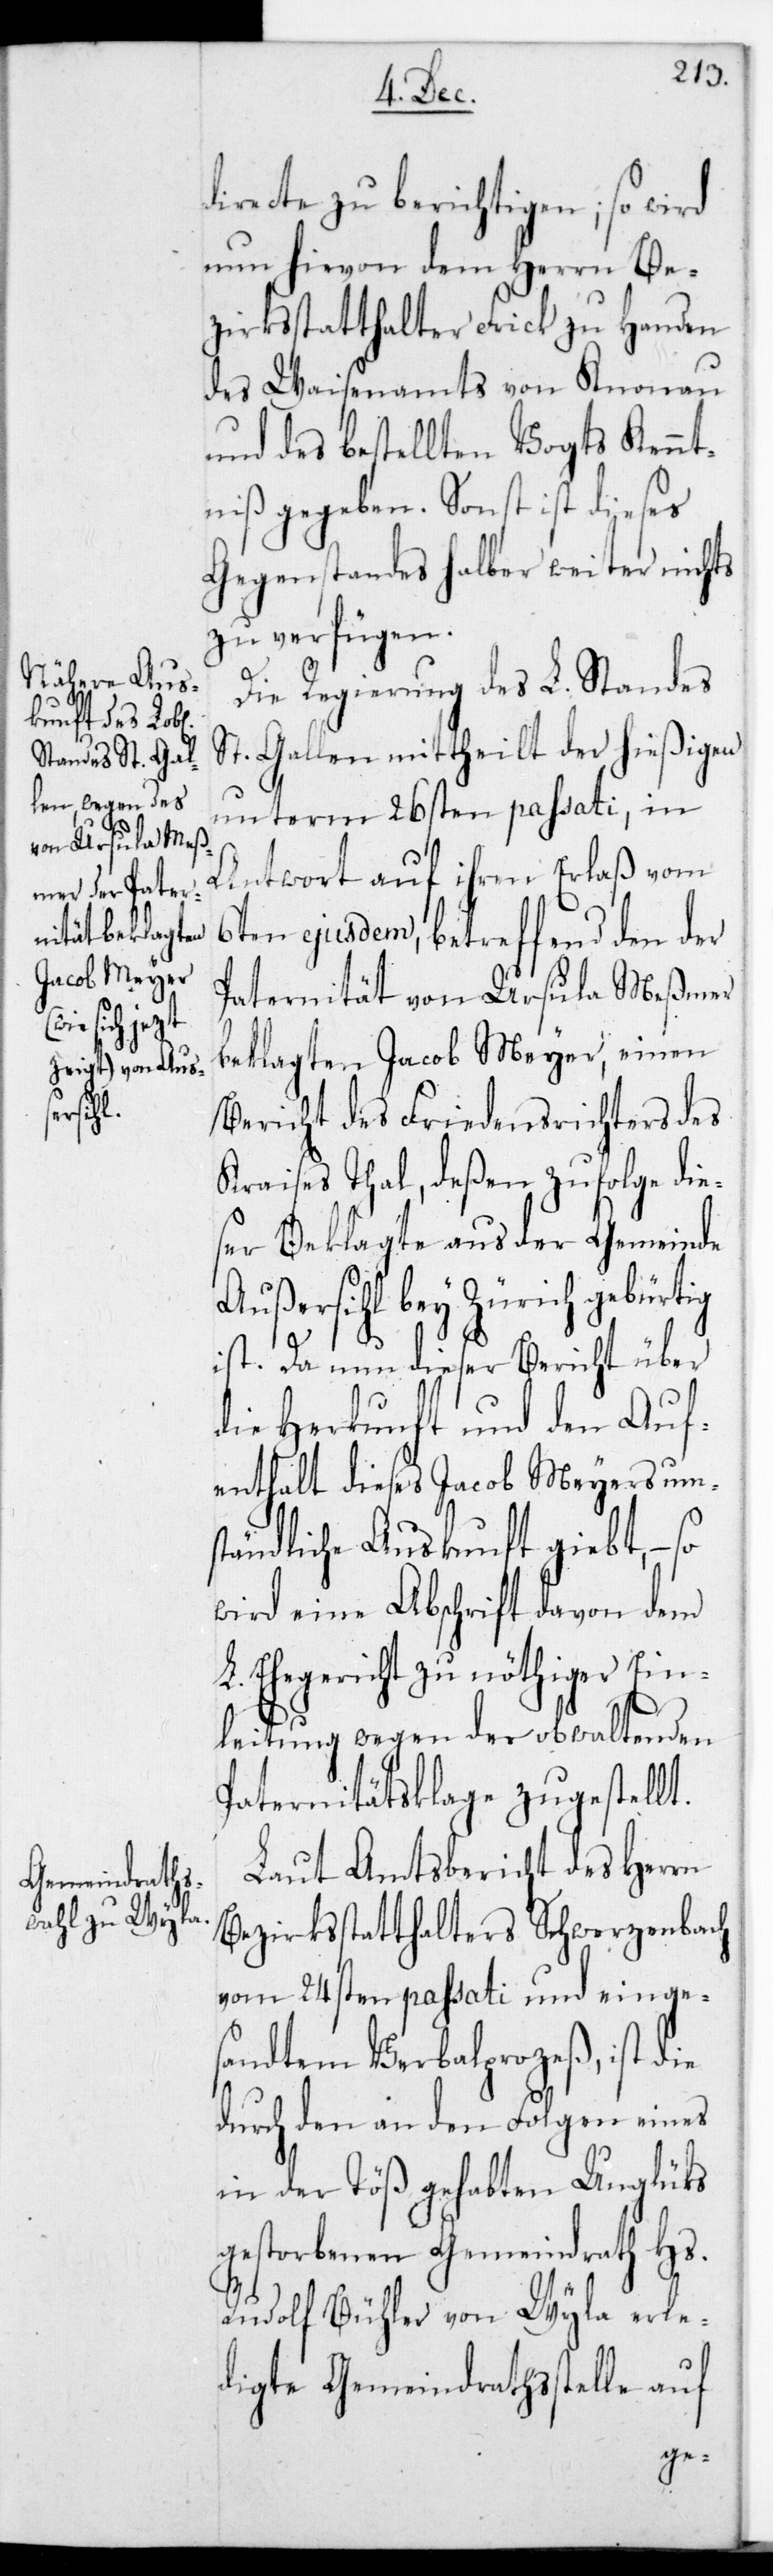
directe zu berichtigen; so wird
nun hievon dem Herrn Be¬
zirksstatthalter Frick zu Handen
des Waisenamts von Knonau
und des bestellten Vogts Kennt¬
niß gegeben. Sonst ist dieses
Gegenstandes halber weiter nichts
zu verfügen.
Die Regierung des L. Standes
St. Gallen mittheilt der hießigen
unterm 26sten passati, in
Antwort auf ihren Erlaß vom
6ten ejusdem, betreffend den der
Paternität von Ursula Meßmer
beklagten Jacob Meyer, einen
Bericht des Friedensrichters des
Kraises Thal, deßen zufolge de¬
ser Beklagte aus der Gemeinde
Außersihl bey Zürich gebürtig
ist. Da nun dieser Bericht über
die Herkunft und den Auf¬
enthalt dieses Jacob Meyers ums¬
tändliche Auskunft gibt, – so
wird eine Abschrift davon dem
Ehegericht zu nöthiger Ein¬
leitung wegen der obwaltenden
Paternitätsklage zugestellt.
Laut Amtsbericht des Herrn
Bezirksstatthalters Schwerzenbach
vom 24sten passati und einge¬
sandtem Verbalprozeß, ist die
durch den an den Folgen eines
in der Töß gehabten Unglücks
gestorbenen Gemeindrath Hs.
Rudolf Bühler von Wyla erle¬
digte Gemeindrathsstelle auf